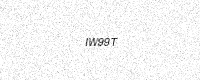
Text: IW99T